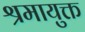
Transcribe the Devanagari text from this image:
श्रमायुक्त